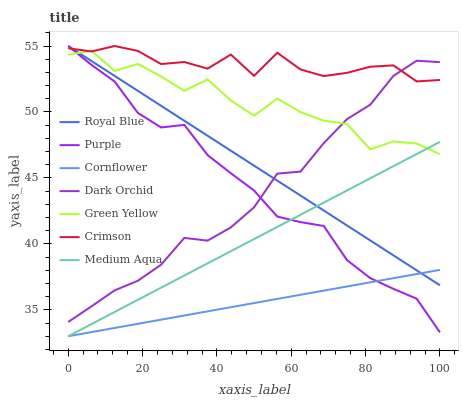
| xaxis_label | Royal Blue | Purple | Cornflower | Dark Orchid | Green Yellow | Crimson | Medium Aqua |
 | --- | --- | --- | --- | --- | --- | --- | --- |
 | 0 | 55 | 55 | 33 | 34.1 | 54.3 | 54.8 | 33 |
 | 6.25 | 53.9 | 53.6 | 33.3 | 35.3 | 54.6 | 54.6 | 33.9 |
 | 12.5 | 52.7 | 52.3 | 33.6 | 36.5 | 53.1 | 55 | 34.8 |
 | 18.8 | 51.6 | 49.9 | 33.9 | 37.2 | 53.6 | 54.6 | 35.8 |
 | 25 | 50.5 | 48.8 | 34.3 | 38.4 | 52.7 | 53.6 | 36.7 |
 | 31.2 | 49.3 | 49 | 34.6 | 40.5 | 51.6 | 53.8 | 37.6 |
 | 37.5 | 48.2 | 46.7 | 34.9 | 40.2 | 52.5 | 53.3 | 38.5 |
 | 43.8 | 47.1 | 45.4 | 35.2 | 41.2 | 50.9 | 54.4 | 39.4 |
 | 50 | 45.9 | 44 | 35.5 | 42.8 | 49.7 | 52.7 | 40.4 |
 | 56.2 | 44.8 | 42.1 | 35.8 | 45.3 | 51 | 54.5 | 41.3 |
 | 62.5 | 43.7 | 41.7 | 36.1 | 45.5 | 50 | 53.2 | 42.2 |
 | 68.8 | 42.5 | 41.4 | 36.5 | 47.6 | 49.3 | 52.7 | 43.1 |
 | 75 | 41.4 | 38.8 | 36.8 | 49.5 | 49.1 | 53 | 44 |
 | 81.2 | 40.3 | 37.4 | 37.1 | 50.5 | 47.2 | 53.4 | 45 |
 | 87.5 | 39.1 | 36.6 | 37.4 | 52.7 | 47.8 | 53.5 | 45.9 |
 | 93.8 | 38 | 35.8 | 37.7 | 53.9 | 47.6 | 52.3 | 46.8 |
 | 100 | 36.9 | 33.3 | 38 | 53.8 | 46.8 | 52.4 | 47.7 |